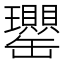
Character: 𦉦